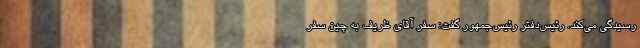
رسیدگی می‌کند. رئیس‌دفتر رئیس‌جمهور گفت: سفر آقای ظریف به چین سفر